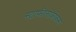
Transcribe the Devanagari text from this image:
स्टाफीलोकोकस